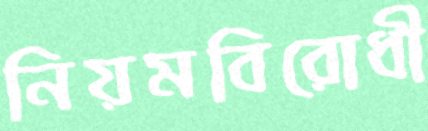
নিয়মবিরোধী